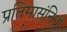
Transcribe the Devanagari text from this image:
प्रतिमासंनिधौ